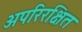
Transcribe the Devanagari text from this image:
अपरिरक्षित